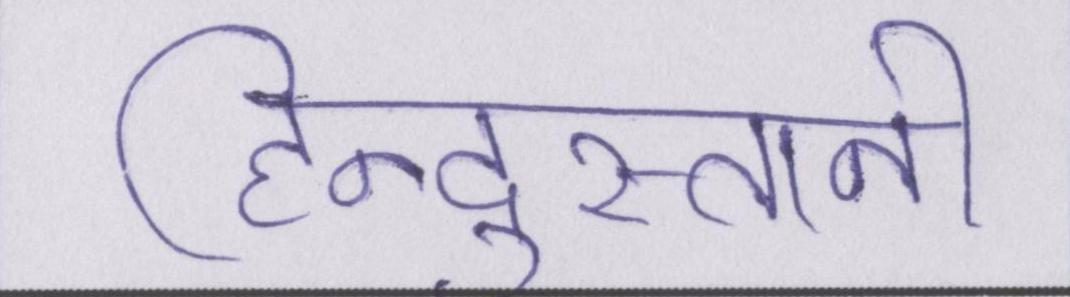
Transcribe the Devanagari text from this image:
हिन्दुस्तानी